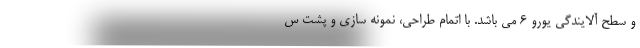
و سطح آلایندگی یورو ۶ می باشد. با اتمام طراحی، نمونه سازی و پشت س